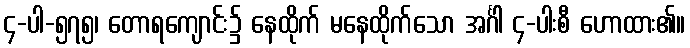
၄-ပါ-၅၇၅၊ တောရကျောင်း၌ နေထိုက် မနေထိုက်သော အင်္ဂါ ၄-ပါးစီ ဟောထား၏။